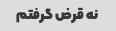
نه قرض گرفتم